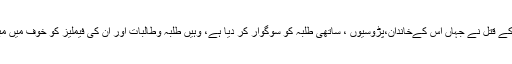
معصوم طالبہ کے قتل نے جہاں اس کےخاندان،پڑوسیوں ، ساتھی طلبہ کو سوگوار کر دیا ہے، وہیں طلبہ وطالبات اور ان کی فیملیز کو خوف میں مبتلا کر دیا ہے۔